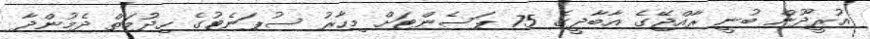
އުރީދޫން ބުނީ ރާއްޖޭގެ އާބާދީގެ 75 ޕަސެންޓަށް މިހާރު ސުޕަނެޓުގެ ހިދުމަތް ދެމުންދާ